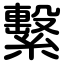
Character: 繫